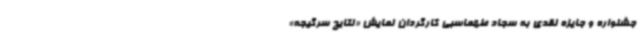
جشنواره و جایزه نقدی به سجاد طهماسبی کارگردان نمایش «نتایج سرگیجه»